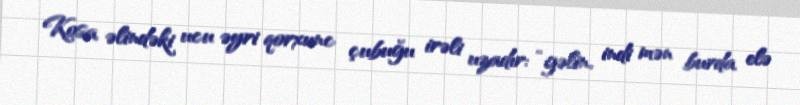
Kosa əlindəki ucu əyri qorxunc çubuğu irəli uzadır: “gəlin, indi mən burda elə